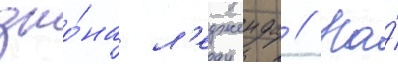
джо́на л'едженда // На́